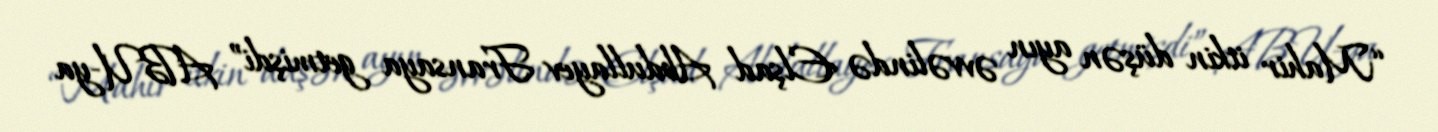
“Mahir itkin düşən ayın əvvəlində Elşad Abdullayev Fransaya getmişdi” ABU-ya